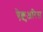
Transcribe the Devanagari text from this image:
ऐक्चुअरिस